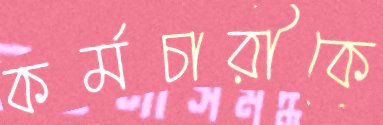
কর্মচারীকে